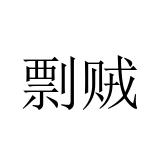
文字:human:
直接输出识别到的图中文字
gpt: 剽贼